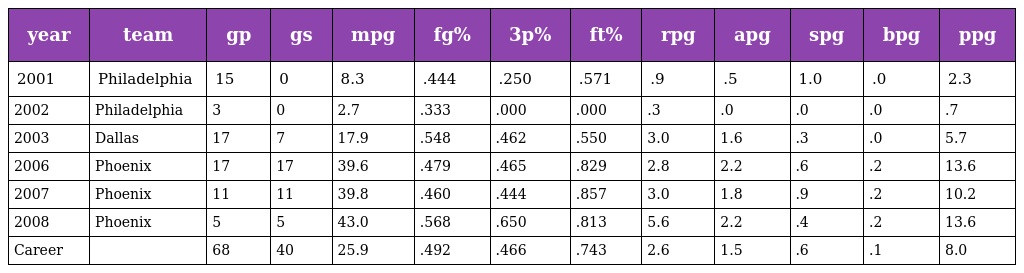
| year | team | gp | gs | mpg | fg% | 3p% | ft% | rpg | apg | spg | bpg | ppg |
 | --- | --- | --- | --- | --- | --- | --- | --- | --- | --- | --- | --- | --- |
 | 2001 | Philadelphia | 15 | 0 | 8.3 | .444 | .250 | .571 | .9 | .5 | 1.0 | .0 | 2.3 |
 | 2002 | Philadelphia | 3 | 0 | 2.7 | .333 | .000 | .000 | .3 | .0 | .0 | .0 | .7 |
 | 2003 | Dallas | 17 | 7 | 17.9 | .548 | .462 | .550 | 3.0 | 1.6 | .3 | .0 | 5.7 |
 | 2006 | Phoenix | 17 | 17 | 39.6 | .479 | .465 | .829 | 2.8 | 2.2 | .6 | .2 | 13.6 |
 | 2007 | Phoenix | 11 | 11 | 39.8 | .460 | .444 | .857 | 3.0 | 1.8 | .9 | .2 | 10.2 |
 | 2008 | Phoenix | 5 | 5 | 43.0 | .568 | .650 | .813 | 5.6 | 2.2 | .4 | .2 | 13.6 |
 | Career |  | 68 | 40 | 25.9 | .492 | .466 | .743 | 2.6 | 1.5 | .6 | .1 | 8.0 |